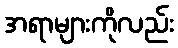
အရာများကိုလည်း